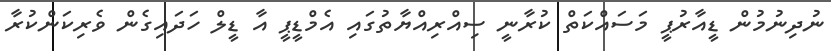
ނުދިނުމުން ޑީއާރުޕީ މަސައްކަތް ކުރާނީ ސިއްރިއްޔާތުގައި އެމްޑީޕީ އާ ޑީލް ހަދައިގެން ވެރިކަންކުރާ